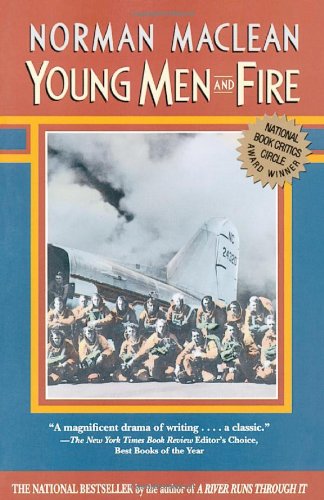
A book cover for Young Men and Fire; Norman Maclean; Literature & Fiction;